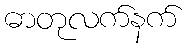
ဓာတုလက်နက်